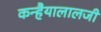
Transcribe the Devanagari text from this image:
कन्हैयालालजी